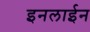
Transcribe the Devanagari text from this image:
इनलाईन